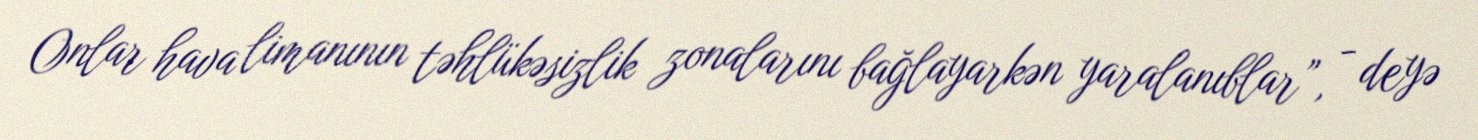
Onlar hava limanının təhlükəsizlik zonalarını bağlayarkən yaralanıblar”, - deyə